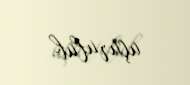
uçurulub.